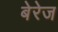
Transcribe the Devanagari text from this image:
बेरेज